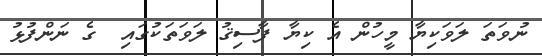
ނުވަތަ ލަވަކިޔާ މީހުން އެ ކިޔާ ފާސިޤު ލަވަތަކުގައި  ގެ ނަންފުޅު